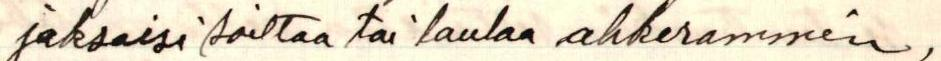
jaksaisi soittaa tai laulaa ahkerammin,